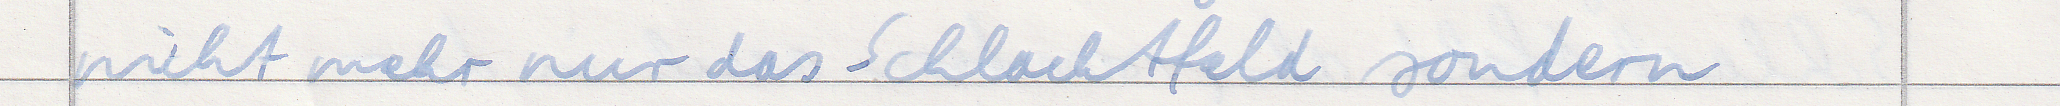
nicht mehr nur das Schlachtfeld sondern